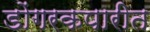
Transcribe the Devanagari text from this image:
डोंगरकपारीत